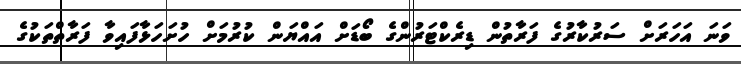
ވަނަ އަހަރަށް ސަރުކާރުގެ ފަރާތުން ޑިރެކްޓަރުންގެ ބޯޑަށް އައްޔަން ކުރުމަށް ހުށަހަޅާފައިވާ ފަރާތްތަކުގެ